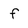
Character: f